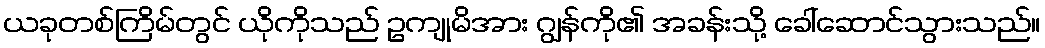
ယခုတစ်ကြိမ်တွင် ယိုကိုသည် ဥကျုမိအား ဂျွန်ကို၏ အခန်းသို့ ခေါ်ဆောင်သွားသည်။